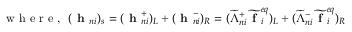
\textrm { w h e r e , } \ ( \textbf { h } _ { n i } ) _ { s } = ( \textbf { h } _ { n i } ^ { + } ) _ { L } + ( \textbf { h } _ { n i } ^ { - } ) _ { R } = ( \widetilde { \Lambda } _ { n i } ^ { + } \widetilde { \textbf { f } } _ { i } ^ { e q } ) _ { L } + ( \widetilde { \Lambda } _ { n i } ^ { - } \widetilde { \textbf { f } } _ { i } ^ { e q } ) _ { R }